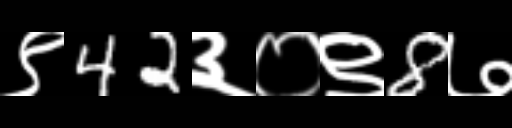
Text: ९42३०९8७